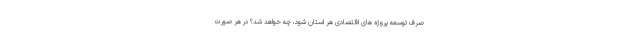
صرف توسعه پروژه های اقتصادی هر استان شود، چه خواهد شد؟ در هر صورت